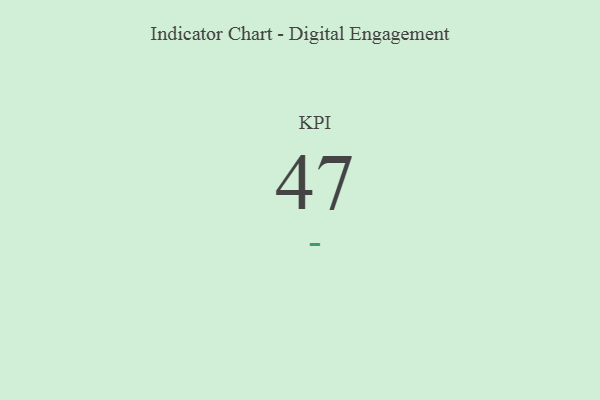
{"axis": {"x": "KPI", "y": "Value"}, "legend": [""], "data": [{"x": "KPI", "y": 47, "type": ""}]}